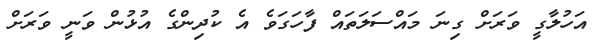
އަހުލާގީ ވަަރަށް ގިނަ މައްސަލަތައް ފާހަގަވެ އެ ކުދިންގެ އުޅުން ވަނީ ވަރަށް